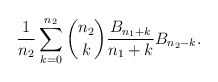
\begin{align*}\frac{1}{n_{2}}\sum_{k=0}^{n_{2}}\binom{n_{2}}{k}\frac{B_{n_{1}+k}}{n_{1}+k}B_{n_{2}-k}.\end{align*}